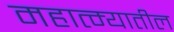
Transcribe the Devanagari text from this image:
महात्म्यातील